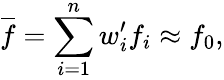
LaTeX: \overline{{f}}=\sum_{i=1}^{n}w_{i}^{\prime}f_{i}\approx f_{0},